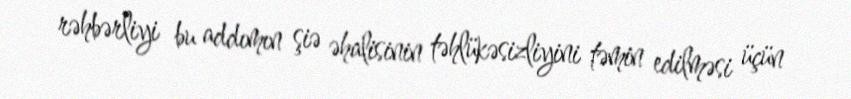
rəhbərliyi bu addımın şiə əhalisinin təhlükəsizliyini təmin edilməsi üçün